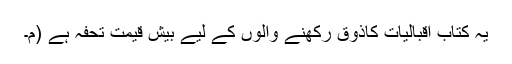
یہ کتاب اقبالیات کاذوق رکھنے والوں کے لیے بیش قیمت تحفہ ہے (م۔